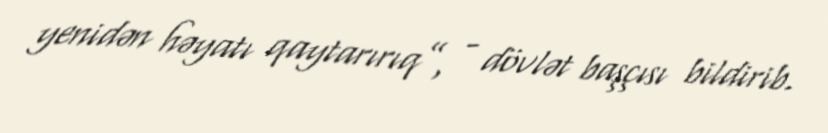
yenidən həyatı qaytarırıq”, - dövlət başçısı bildirib.